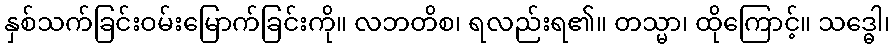
နှစ်သက်ခြင်းဝမ်းမြောက်ခြင်းကို။ လဘတိစ၊ ရလည်းရ၏။ တသ္မာ၊ ထိုကြောင့်။ သဒ္ဓေါ၊